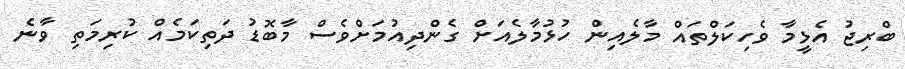
ބްރިޖު އެޅީމާ ވެހިކަލްތައް މާލެއިން ހުޅުމާލެއަށް ގެންދިއުމަށްވެސް މާބޮޑު ދަތިކަމެއް ކުރިމަތި ވާނެ